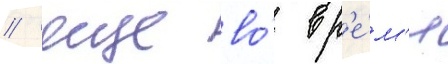
/ еще во́ вр'е́м'я